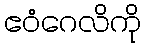
ဧဝံဂေလိကို